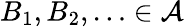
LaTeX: B_{1},B_{2},\ldots\in{\mathcal{A}}